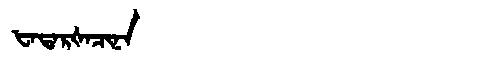
Manchu: ᡶᠠᡨᠠᡵᡧᠠᠴᡳᠨᠠ
Romanization: FATARŠACINA